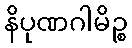
နိပုဏဂါမိဉ္စ